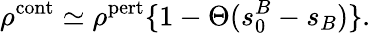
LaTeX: \rho^{\mathrm{cont}}\simeq\rho^{\mathrm{pert}}\{ 1-\Theta(s_{0}^{B}-s_{B})\} .